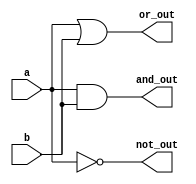
module AndOr(a, b, and_out, or_out, not_out);
	input		a, b;
	output 	and_out, or_out, not_out;
	
	assign 	and_out=a&b;
	assign 	or_out=a|b;
	assign 	not_out=~a;
endmodule